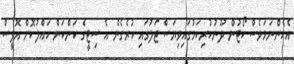
އެހެންނަމަވެސް ކޯޓުން ދޫނުކުރިކަމުގައިވިޔަސް ޖަލުގައި ހުރެގެން އެ ސިޓީގެ ކަންކަން ހައްލުކޮށް އޮފީސް